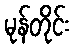
မုန်တိုင်း